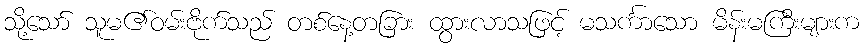
သို့သော် သူမ၏ဝမ်းဗိုက်သည် တစ်နေ့တခြား ထွားလာသဖြင့် မသင်္ကာသော မိန်းမကြီးများက